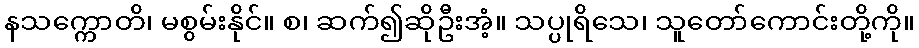
နသက္ကောတိ၊ မစွမ်းနိုင်။ စ၊ ဆက်၍ဆိုဦးအံ့။ သပ္ပုရိသေ၊ သူတော်ကောင်းတို့ကို။